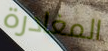
المغادرة